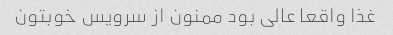
غذا واقعا عالی بود ممنون از سرویس خوبتون